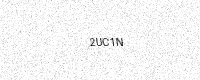
Text: 2UC1N